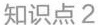
知识点2